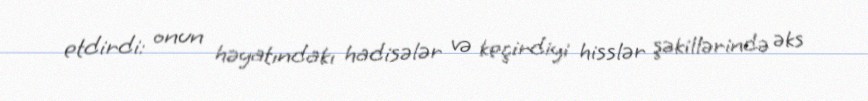
etdirdi: onun həyatındakı hadisələr və keçirdiyi hisslər şəkillərində əks